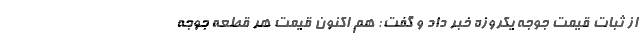
از ثبات قیمت جوجه یکروزه خبر داد و گفت: هم اکنون قیمت هر قطعه جوجه